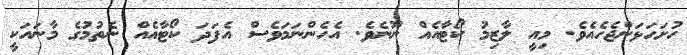
ހުށަހަޅަންޖެހެއެވެ. މިއީ ލާޒިމު ކޯޓާއެއް ނޫނެވެ. އެހެންނަމަވެސް އެފަދަ ކޯޓާއެއް ނެތުމުގެ މާނައަކީ